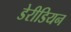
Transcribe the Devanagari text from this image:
डेरीडियन